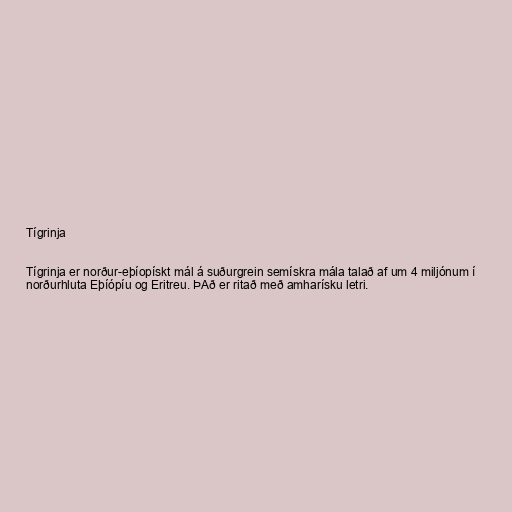
Tígrinja

Tígrinja er norður-eþíopískt mál á suðurgrein semískra mála talað af um 4 miljónum í
norðurhluta Eþíópíu og Eritreu. ÞAð er ritað með amharísku letri.